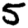
Digit: 5